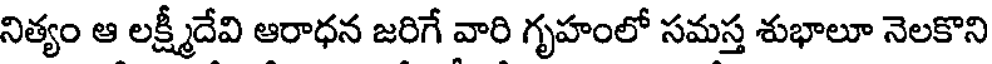
నిత్యం ఆ లక్ష్మీదేవి ఆరాధన జరిగే వారి గృహంలో సమస్త శుభాలూ నెలకొని